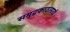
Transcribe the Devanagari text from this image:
समुद्रकाठासाठी